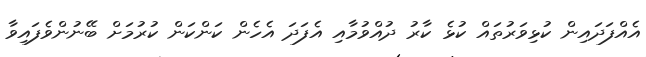
އެއްފަދައިން ކުޅިވަރުތައް ކުޅެ ކާރު ދުއްވުމާއި އެފަދަ އެހެން ކަންކަން ކުރުމަށް ބޭނުންވެފައިވާ